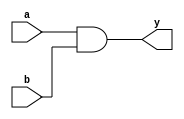
module AND(y,a,b);

output y;

input a,b;

assign y=a &b;

endmodule

module AND2(y,a,b);
output [1:0]y;
input [1:0]a,b;

AND ad(y[0],a[0],b[0]);
AND ad2(y[1],a[1],b[1]);

endmodule

module AND4(y,a,b);
output[3:0]y;
input [3:0]a,b;

AND2 ad(y[1:0],a[1:0],b[1:0]);
AND2 ad2(y[3:2],a[3:2],b[3:2]);

endmodule